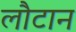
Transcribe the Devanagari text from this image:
लौटान